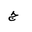
Letter: _gim